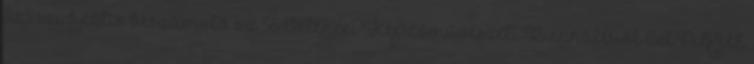
5x5 szubjektív beszámoló az 56. Velencei Képzőművészeti Biennáléról CINQUE